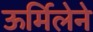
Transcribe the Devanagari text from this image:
ऊर्मिलेने